Annual report on the working of the lock hospitals in the Central Provinces
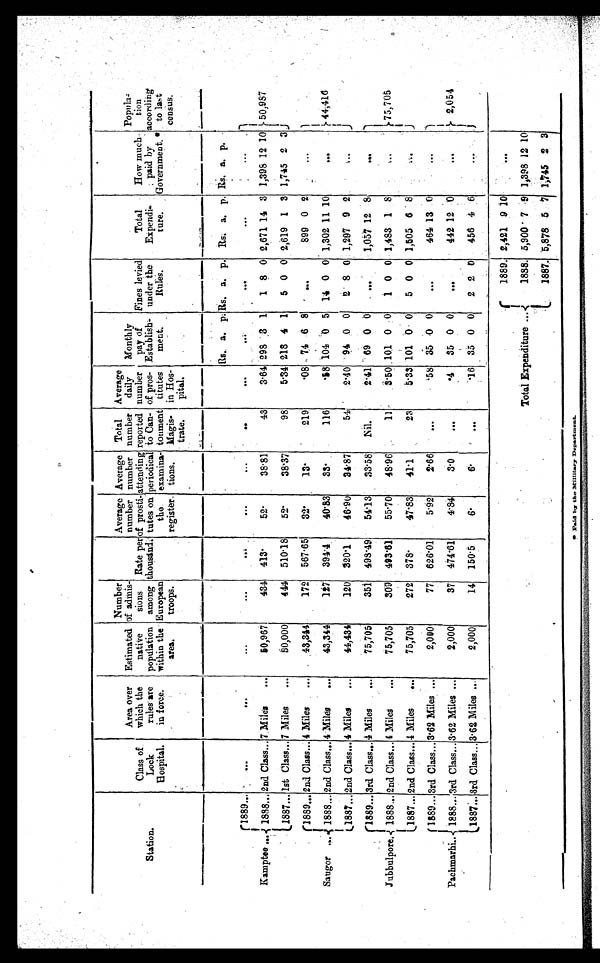
WifiraildlilifiLaan
Station.
Class of
Lock
Hospital.
Area over
which the
rules are
in force.
Estimated
native
population
within the
area.
Number
of admis-
sions
among
European
troops.
Rate per
thousand.
Average
number
of prosti-
tutes on
the
register.
Average
number
attending
periodical
examina-
tions.
Total
number
reported
to Can-
torment
Magis
- trate.
Average
daily
number
of pros-
titutes
in Hos-
pital.
Monthly
pay of
Establish
- ment.
Fines levied
under the
Rules.
Total
Expendi
- t ure.
How much
paid by
Government. *
Popula
- tion
according
to last
census.
Rs. a. p. Rs. a. p. R s .
a. p. Rs.
a . p .
Kamptee ...
1889...
...
. . .
. . .
. . .
. . .
. . .
. . .
. .
. . .
...
. . .
. . .
...
1888... 2nd Class... 7 Miles
...
50,967
434 413·
52·
38·81
43
3·64 298 3 1
1 8 0 2,671 14 3 1,398 12 10 50,987
1887... 1st Class... 7 Miles
...
50,000
444 510·18
52·
38·37
98
5·34 218 4 1
5 0 0 2,619 1 3 1,745 2 3
Saugor
. . .
1889... 2nd Class... 4 Miles
...
43,344
172 567·65
32·
13·
219
·08 74 6 8
. . .
899 0 2
...
1888... 2nd Class... 4 Miles
...
43·344
127 394·4
40·83
33·
116
·58 104 0 5 14 0 0 1,302 11 10
...
44,416
1887... 2nd Class... 4 Miles
...
44,434
120 320·1
46·90
34·87
54
2·40 94 0 0
2 8 0 1,297 9 2
...
Jubbulpore.
1889... 3rd. Class... 4 Miles
...
75,705
351 498·49
54.13
33.58 Nil.
2·41 69 0 0
. . .
1,057 12 8
...
1888... 2nd Class ...4 Miles
...
75,705
309 493·61
55. 70
48·96
11
3·50 101 0 0
1 0 0 1,483 1 8
. . .
75,705
1887... 2nd Class... 4 Miles
...
75,705
272 378·
47·83
41·1
23
5·33 101
0 0
5 0 0 1,505 6 8
. . .
Pachmarhi..
1889... 3rd Class... 3·62 Miles ...
2,000
77 626. 01
5·92
2·66
...
·58 35 0 0
...
464 13 0
...
1888... 3rd Class... 3. 62 Miles ...
2,000
37 474·61
4·84
3·0
... ·4
35 0 0
...
442 12 0
...
2,054
1 8 8 7 . . .
3rd. Class... 3·62 Miles ...
2,000
14 150·5
6·
6 ·
...
·16 35 0 0
2 2 0 456 4 6
. . .
1889. 2,421 9 10
. . .
Total Expenditure ...
1888. 5,900 7 9 1,398 12 10
1887. 5,878 5 7 1,745 2 3
111 p id by the Ittillitary Department.